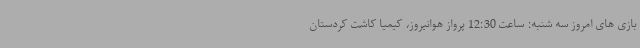
بازی های امروز سه شنبه: ساعت 12:30 پرواز هوانیروز، کیمیا کاشت کردستان